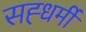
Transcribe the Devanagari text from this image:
सह्धर्मी